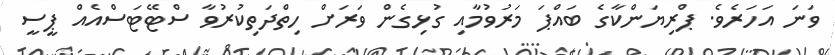
ވަަނަ އަހަރެވެ. ޕްރިޔަންކާގެ ބައްޕަ މަރުވުމާއި ގުޅިގެން ވަރަށް ހިތްދަތިކުރުވާ ސްޓޭޓަސްއެއް ޕީސީ